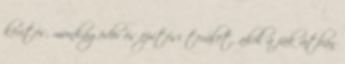
kerítés, munkagödör és építési terület, ahol a fák útban